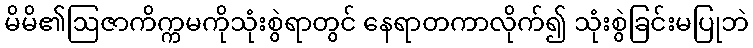
မိမိ၏ဩဇာကိက္ကမကိုသုံးစွဲရာတွင် နေရာတကာလိုက်၍ သုံးစွဲခြင်းမပြုဘဲ